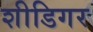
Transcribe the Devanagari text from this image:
शीडिगर